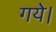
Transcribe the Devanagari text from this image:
गयेे।